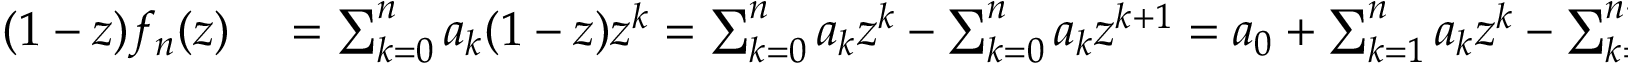
\begin{array} { r l } { ( 1 - z ) f _ { n } ( z ) } & { { } = \sum _ { k = 0 } ^ { n } a _ { k } ( 1 - z ) z ^ { k } = \sum _ { k = 0 } ^ { n } a _ { k } z ^ { k } - \sum _ { k = 0 } ^ { n } a _ { k } z ^ { k + 1 } = a _ { 0 } + \sum _ { k = 1 } ^ { n } a _ { k } z ^ { k } - \sum _ { k = 1 } ^ { n + 1 } a _ { k - 1 } z ^ { k } } \end{array}